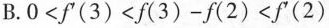
B. $$0<f^{\prime}(3)<f(3) -f(2) <f^{\prime}(2) $$